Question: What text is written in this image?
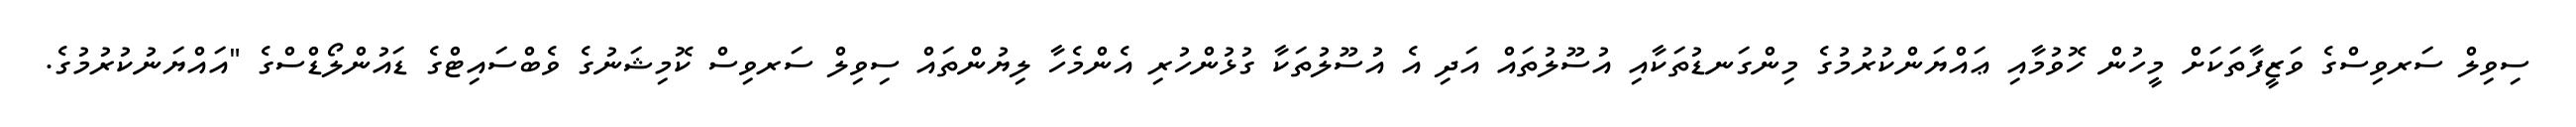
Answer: ސިވިލް ސަރވިސްގެ ވަޒީފާތަކަށް މީހުން ހޮވުމާއި ޢައްޔަންކުރުމުގެ މިންގަނޑުތަކާއި އުސޫލުތައް އަދި އެ އުސޫލުތަކާ ގުޅުންހުރި އެންމެހާ ލިޔުންތައް ސިވިލް ސަރވިސް ކޮމިޝަނުގެ ވެބްސައިޓްގެ ޑައުންލޯޑްސްގެ "އައްޔަނުކުރުމުގެ.